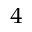
^ { 4 }